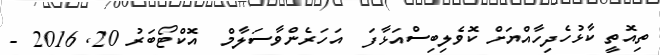
ތިއޮތީ ކާޅުހެދިހާއްޔަށް ކޮވެލިބިސްއަޅާފަ  އަހަރެންވާސަލާމް  އޮކްޓޯބަރު 20